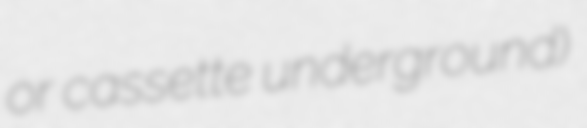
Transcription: or cassette underground)